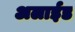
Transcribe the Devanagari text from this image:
अलाईड